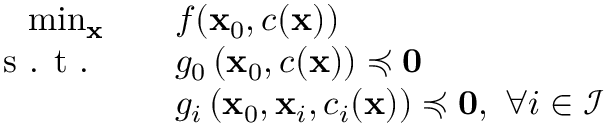
\begin{array} { r l r } { \operatorname* { m i n } _ { \mathbf { x } } \quad } & { f ( \mathbf { x } _ { 0 } , c ( \mathbf { x } ) ) } & \\ { \textrm { s . t . } \quad } & { g _ { 0 } \left( \mathbf { x } _ { 0 } , c ( \mathbf { x } ) \right) \preccurlyeq \mathbf { 0 } } \\ & { g _ { i } \left( \mathbf { x } _ { 0 } , \mathbf { x } _ { i } , c _ { i } ( \mathbf { x } ) \right) \preccurlyeq \mathbf { 0 } , ~ \forall i \in \mathcal { I } } \end{array}